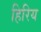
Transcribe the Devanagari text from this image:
हिरिय